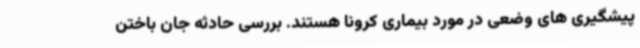
پیشگیری های وضعی در مورد بیماری کرونا هستند. بررسی حادثه جان باختن